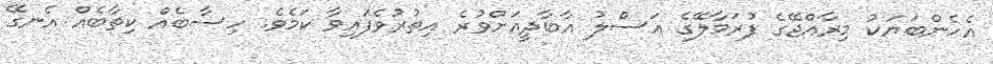
އެހެންބަޔަކު މިރާއްޖޭގެ ފުރަމާލޭގެ އަސްލު އާބާދީއަށްވުރެ އިތުރުވެފައިވާ ކަމެވެ. ހިސާބެއް ކިތާބެއް އެނގޭ